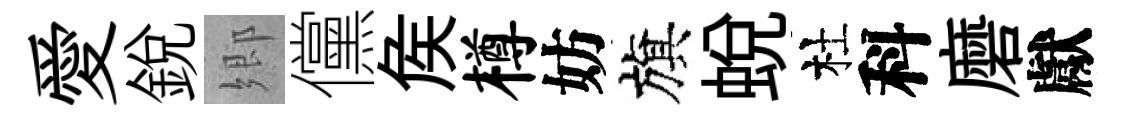
愛銳郷儻矦樽妨旗蛻杜科磨獻